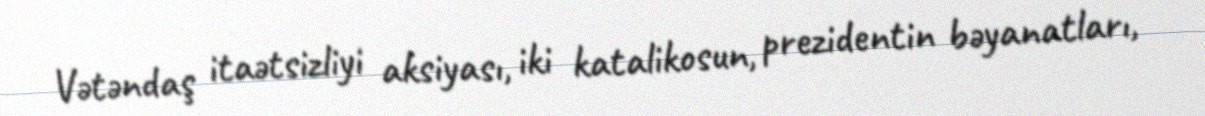
Vətəndaş itaətsizliyi aksiyası, iki katalikosun, prezidentin bəyanatları,